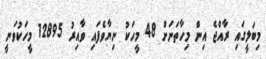
މިބަލީގައި ރާއްޖެ އިން މިހާތަނަށް 48 މީހަކު ނިޔާވެފައި ވާއިރު 12895 މީހަކުވަނީ